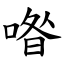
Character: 喒